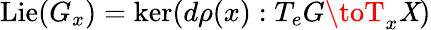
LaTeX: \operatorname{Lie}(G_{x})=\ker(d\rho(x):T_{e}G\toT_{x}\mathit{X})